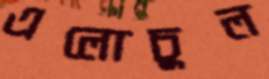
এলোচুল